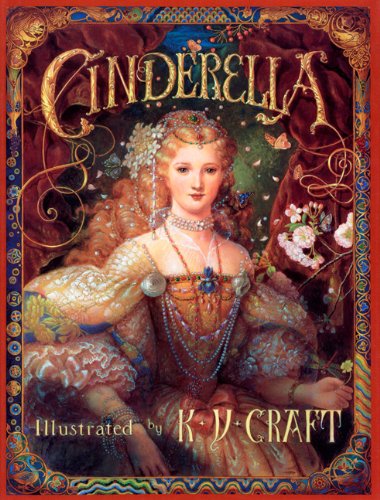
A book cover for Cinderella; K.Y. Craft; Children's Books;